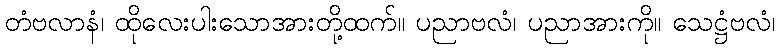
တံဗလာနံ၊ ထိုလေးပါးသောအားတို့ထက်။ ပညာဗလံ၊ ပညာအားကို။ သေဋ္ဌံဗလံ၊